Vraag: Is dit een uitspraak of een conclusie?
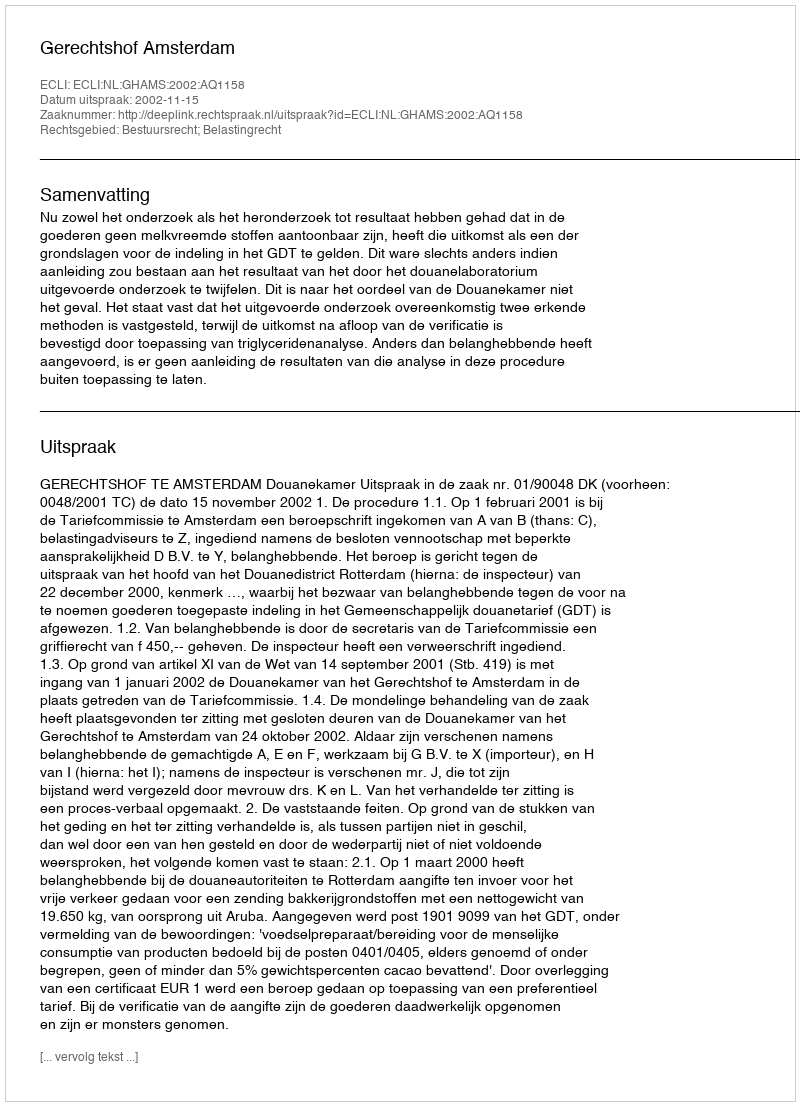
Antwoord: Uitspraak